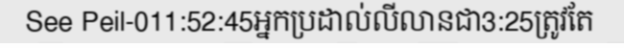
See Peil-011:52:45អ្នកប្រដាល់លីលានជា3:25ត្រូវតែ